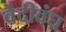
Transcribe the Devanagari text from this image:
वेदीवंघ